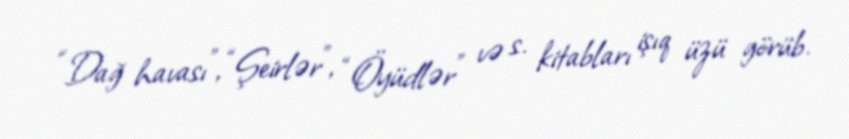
“Dağ havası”, “Şeirlər”, “Öyüdlər” və s. kitabları işıq üzü görüb.